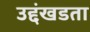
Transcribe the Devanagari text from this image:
उद्दंखडता